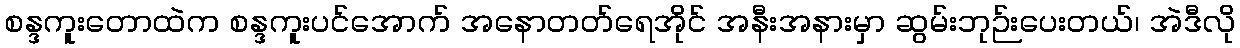
စန္ဒကူးတောထဲက စန္ဒကူးပင်အောက် အနောတတ်ရေအိုင် အနီးအနားမှာ ဆွမ်းဘုဉ်းပေးတယ်၊ အဲဒီလို